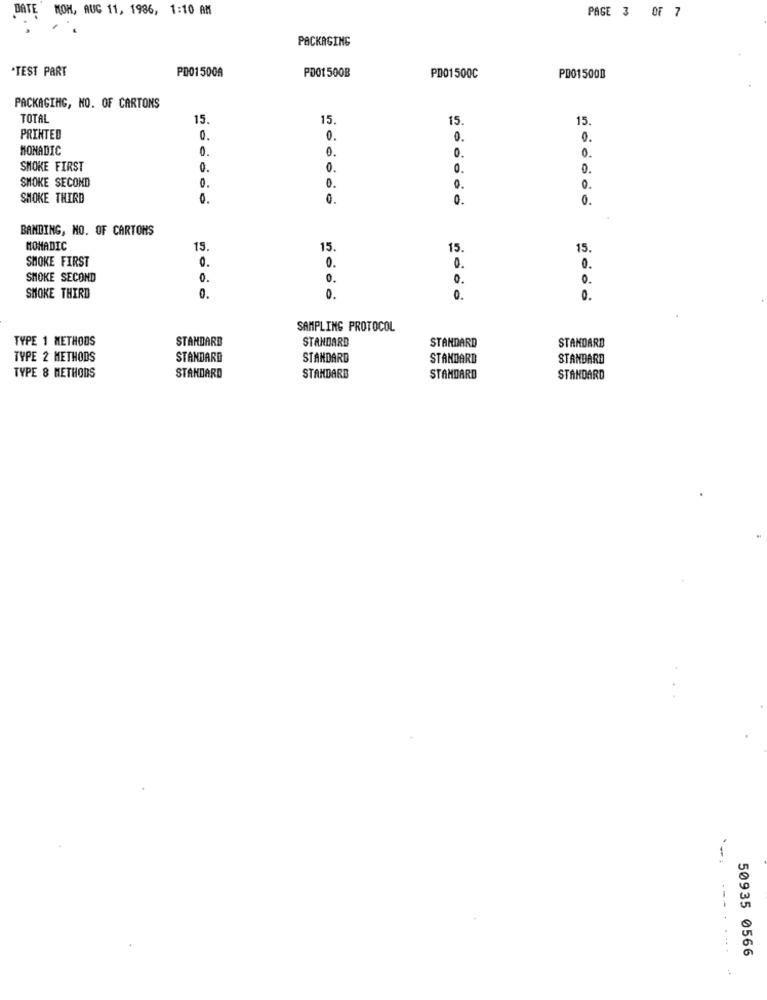
DATE MON, AUG 11, 1986, 1:10 AM
PAGE 3 OF 7
PACKAGING
.TEST PART
PD01500A
PD01 500B
PD01500C
PD01500D
PACKAGING, NO. OF CARTONS
TOTAL
15
15
15
15.
PRINTED
0.
0.
0.
0.
MONADIC
0.
0.
0.
0.
SMOKE FIRST
0.
0.
0.
0.
SMOKE SECOND
0.
0.
0.
0.
SMOKE THIRD
0.
0.
0.
0.
BANDING, NO. OF CARTONS
NOMADIC
15.
15
15.
15.
SMOKE FIRST
0.
0.
0.
0.
SMOKE SECOND
0.
0.
0.
0.
SMOKE THIRD
0.
0.
0.
0.
SAMPLING PROTOCOL
TYPE 1 METHODS
STANDARD
STANDARD
STANDARD
STANDARD
TYPE 2 METHODS
STANDARD
STANDARD
STANDARD
STANDARD
TYPE 8 METHODS
STANDARD
STANDARD
STANDARD
STANDARD
....
50935 0566